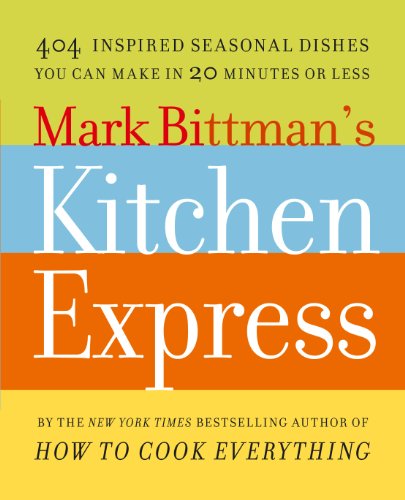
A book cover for Mark Bittman's Kitchen Express: 404 Inspired Seasonal Dishes You Can Make in 20 Minutes or Less; Mark Bittman; Cookbooks, Food & Wine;